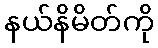
နယ်နိမိတ်ကို